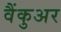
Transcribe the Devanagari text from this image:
वैंकुअर